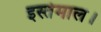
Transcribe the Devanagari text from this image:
इस्तेमाल।